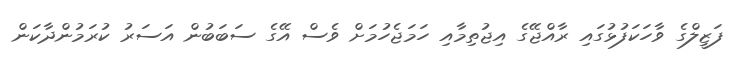
ފަޒީލްގެ ވާހަކަފުޅުގައި ރާއްޖޭގެ އިޖުތިމާއި ހަމަޖެހުމަށް ވެސް އޭގެ ސަބަބުން އަސަރު ކުރަމުންދާކަން